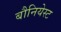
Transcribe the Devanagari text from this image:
बौनियेस्ट